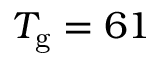
T _ { \mathrm { g } } = 6 1